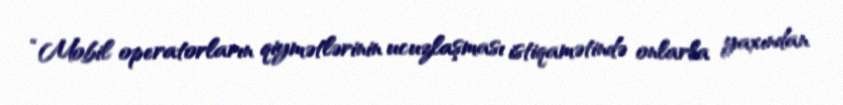
“Mobil operatorların qiymətlərinin ucuzlaşması istiqamətində onlarla yaxından